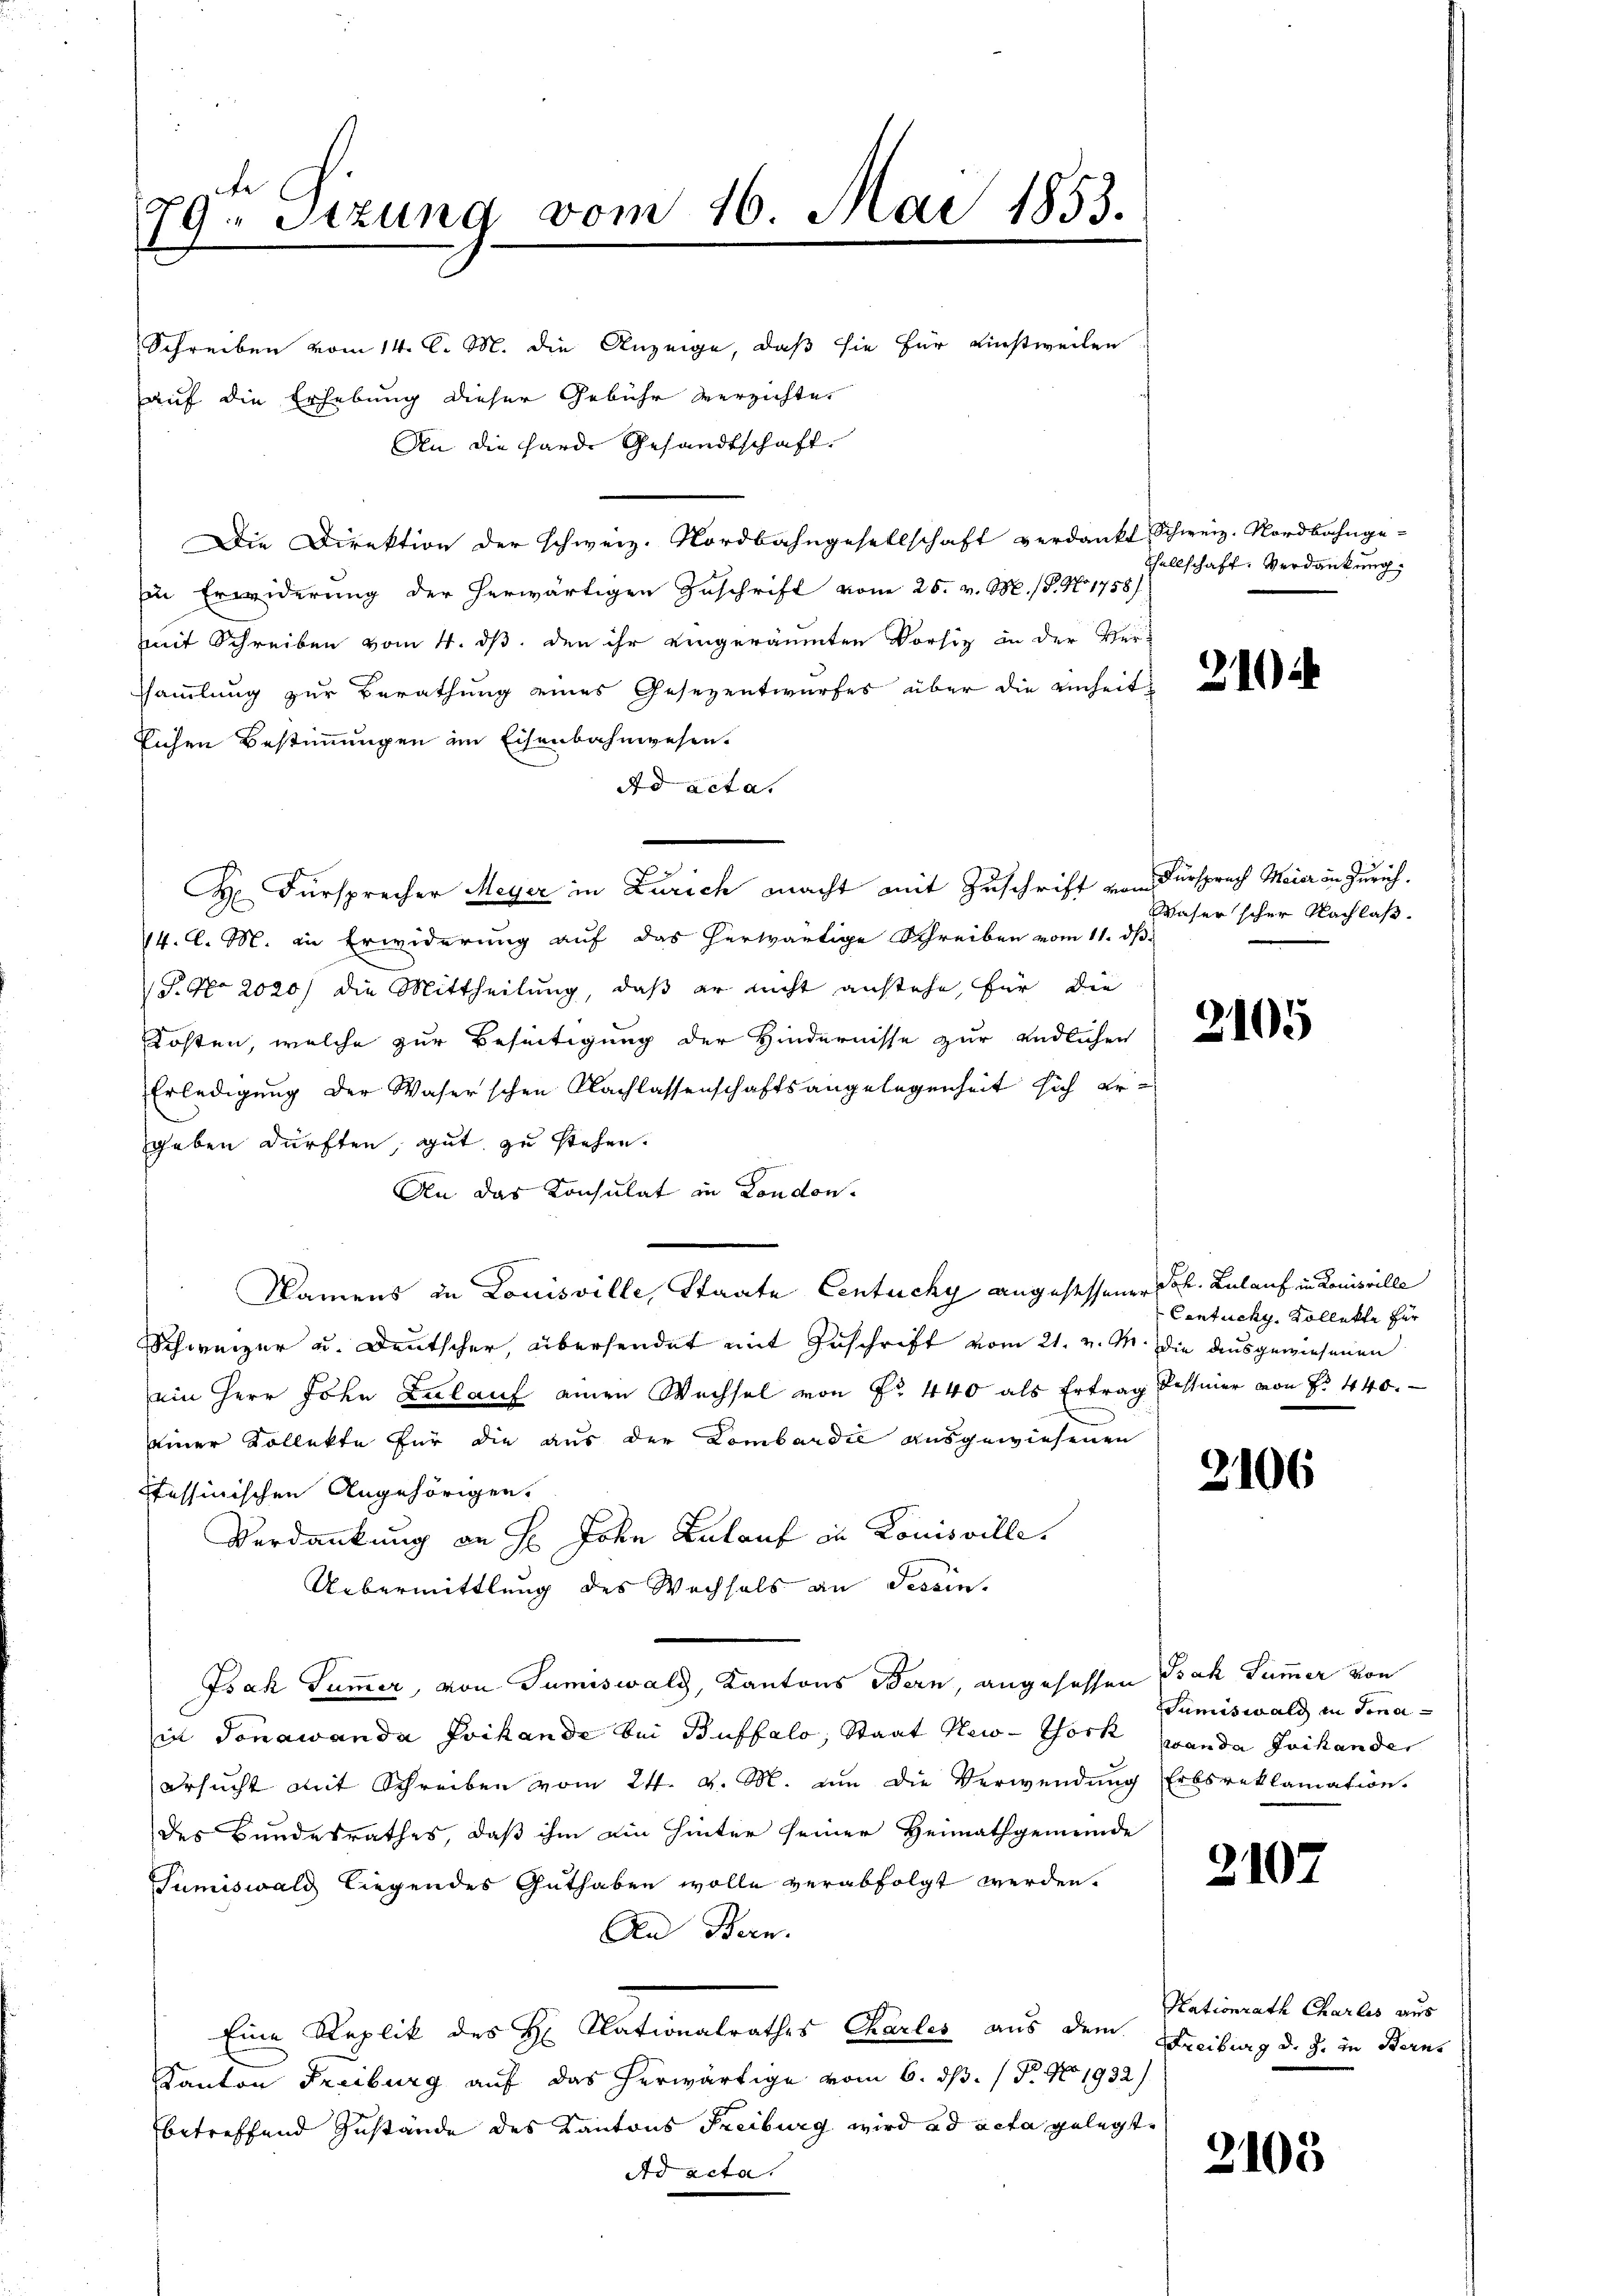
Fe
79. Sitzung vom 16. Mai 1853.

Schreiben vom 14. d. M. die Anzeige, daß sie für einstweilen
auf die Erhebung dieser Gebühr verzichte
An die Harde Gesandtschaft.
Die Direktion der schweiz. Nordbahngesellschaft verdankt Schweiz. Nordbahnge-
in Erwiderung der herwärtigen Zuschrift vom 25. v. M. P. No 1758/
mit Schreiben vom 4. ds, den ihr eingeräumten Vorsie in der Verssammlung zur Berathung eines Gesezentwurfes über die einheit
Sichen Bestimmungen im Eisenbahnwesen.
Ad acta.
H. Fürsprecher Meyer in Zürich macht mit Zuschrift von Fürspruch Meier in Zürich.
/4. l. M. in Erwiderung auf das herwärtige Schreiben vom 11. dß.
P. Nr. 2020/ die Mittheilung, daß er nicht anstehe, für die
Kosten, welche zur Beseitigung der Hindernisse zur endlichen
Erledigung der Waser'schen Nachlassenschaftsangelegenheit sich ere
geben dürften, gut zu stehen.
An das Konsulat in London.
Namens in Louisville, Staate Centucky angestessener Joh. Belauf in Louisville
Schweizer u. Deutscher, übersendet mit Zuschrift vom 21. v. M. die ausgewiesenen
ein Herr John Zulauf einen Wechsel von Nr. 440 als Ertrag Tessiner von Fr. 440.
einer Kollekte für die aus der Lombardić ausgewiesenen
stessinischen Angehörigen.
Verdankung an H: John Anlauf in Kouisville
Uebermittlung des Wechsels an Tessin,
Isak Summer, von Sumiswald, Kantons Bern, angesessen Isak Summer von
in Jonawanda Frikande bei Buffalo, Staat New-York (an da Frikande
ersucht mit Schreiben vom 24. v. M. um die Verwendung Erbsreklamation.
des Bundesrathes, daß ihm ein Hinter seiner Heimathgemeinde
Tumiswald liegendes Guthaben wolle verabfolgt werden.
An Bern.
Eine Replik des H. Nationalrathes Karles aus dem Freiburg d. J. in Berns
Kanton Freiburg auf das herwärtige vom 6. ds. (T. No 1932
betreffend Zustände des Kantons Freiburg wird ad acta gelegt,
Ad acta.

Tellschaft. Verdankung.

Waser scher Nachlaß.

2105

Contuchy, Kollekte für

2106

Sumiswald in dona-

2107

Nationrath Charlis aus

2103